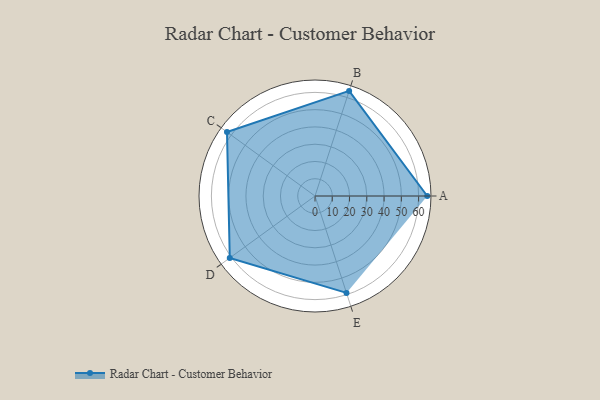
{"axis": {"x": "Skill", "y": "Score"}, "legend": ["Profile"], "data": [{"x": "A", "y": 65.0, "type": "Profile"}, {"x": "B", "y": 64.0, "type": "Profile"}, {"x": "C", "y": 63.0, "type": "Profile"}, {"x": "D", "y": 61.0, "type": "Profile"}, {"x": "E", "y": 59.0, "type": "Profile"}]}